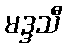
မဒ္ဒသီ